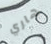
هاري